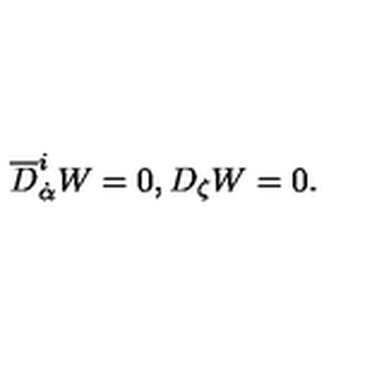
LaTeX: { \overline { D } } _ { \dot { \alpha } } ^ { i } W = 0 , D _ { \zeta } W = 0 .